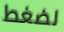
لضغط